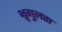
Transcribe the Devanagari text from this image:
भ्रृगुलता